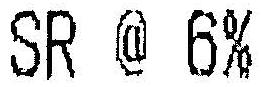
SR @ 6%